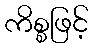
ကိစ္စဖြင့်